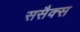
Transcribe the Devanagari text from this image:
ससैक्स